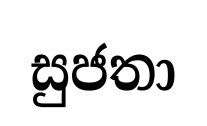
සුජතා